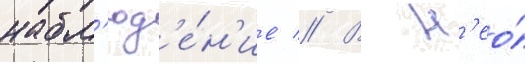
набл'юд'е́н'ие // В н'ео́